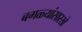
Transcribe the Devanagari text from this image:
बगळ्यांसारखे